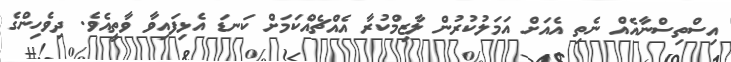
އިސްތިސްނާއެއް ނެތި އެއަށް އަމަލުކުރުން ލާޒިމްކުރާ އެއްޗެއްކަމަށް ކަނޑަ އެޅިފައިވާ ވާތީއެވެ. ދިވެހިންގެ